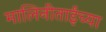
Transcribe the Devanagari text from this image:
मालिनीताईंच्या